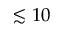
\lesssim 1 0